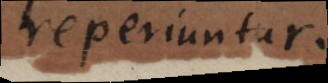
reperiuntur.